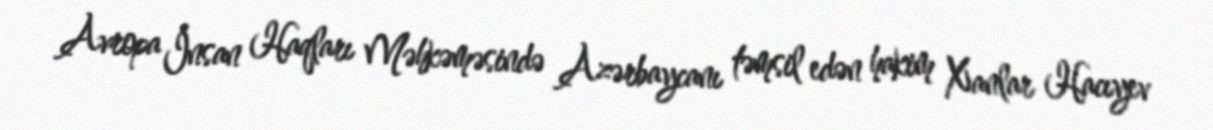
Avropa İnsan Haqları Məhkəməsində Azərbaycanı təmsil edən hakim Xanlar Hacıyev